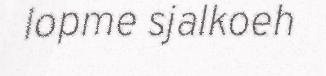
lopme sjalkoeh